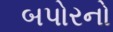
બપોરનો